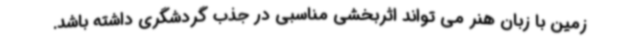
زمین با زبان هنر می تواند اثربخشی مناسبی در جذب گردشگری داشته باشد.